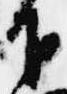
下